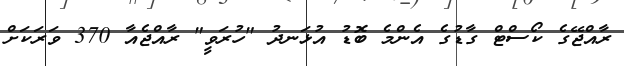
ރާއްޖޭގެ ކޯސްޓް ގާޑުގެ އެންމެ ބޮޑު އުޅަނދު "ހުރަވީ" ރާއްޖެއާ 370 ވަރަކަށް